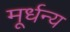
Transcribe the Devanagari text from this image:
मूर्धन्‍य